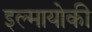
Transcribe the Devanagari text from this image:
इल्मायोकी